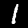
Digit: 1